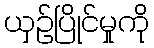
ယှဉ်ပြိုင်မှုကို